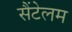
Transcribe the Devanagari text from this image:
सैंटेलम